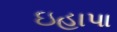
ઇહાપા